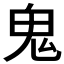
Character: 鬼